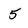
Character: 5